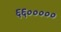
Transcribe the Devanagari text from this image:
६६०००००